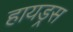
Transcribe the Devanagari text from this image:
हायड्रस